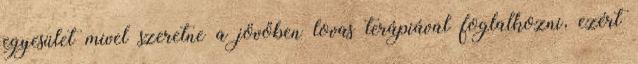
egyesület mivel szeretne a jövőben lovas terápiával foglalkozni, ezért